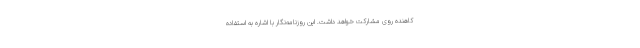
کاهنده روی مشارکت خواهد داشت. این روزنامه‌نگار با اشاره به استفاده